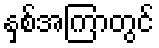
နှစ်အကြာတွင်